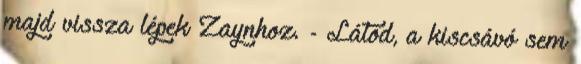
majd vissza lépek Zaynhoz. - Látod, a kiscsávó sem